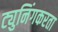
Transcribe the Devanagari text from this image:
ट्युनिंगकरता